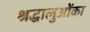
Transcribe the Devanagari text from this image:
श्रद्धालुओंका